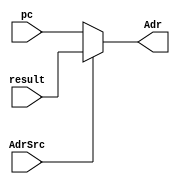
module mul_2 #(parameter width = 32)(
    input wire [width-1 : 0] pc ,
	input wire [width-1 : 0] result ,
	input wire AdrSrc ,
	output wire [width-1 : 0] Adr 
    );
  
  assign Adr = AdrSrc ? result : pc ;

endmodule